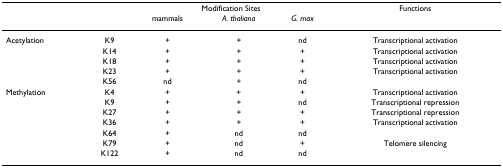
<table><thead><tr><td></td><td></td><td colspan="3"><b>Modification Sites</b></td><td><b>Functions</b></td></tr><tr><td></td><td></td><td><b>mammals</b></td><td><b><i>A. thaliana</i></b></td><td><b><i>G. max</i></b></td><td></td></tr></thead><tbody><tr><td>Acetylation</td><td>K9</td><td>+</td><td>+</td><td>nd</td><td>Transcriptional activation</td></tr><tr><td></td><td>K14</td><td>+</td><td>+</td><td>+</td><td>Transcriptional activation</td></tr><tr><td></td><td>K18</td><td>+</td><td>+</td><td>+</td><td>Transcriptional activation</td></tr><tr><td></td><td>K23</td><td>+</td><td>+</td><td>+</td><td>Transcriptional activation</td></tr><tr><td></td><td>K56</td><td>nd</td><td>+</td><td>nd</td><td></td></tr><tr><td>Methylation</td><td>K4</td><td>+</td><td>+</td><td>+</td><td>Transcriptional activation</td></tr><tr><td></td><td>K9</td><td>+</td><td>+</td><td>nd</td><td>Transcriptional repression</td></tr><tr><td></td><td>K27</td><td>+</td><td>+</td><td>+</td><td>Transcriptional repression</td></tr><tr><td></td><td>K36</td><td>+</td><td>+</td><td>+</td><td>Transcriptional activation</td></tr><tr><td></td><td>K64</td><td>+</td><td>nd</td><td>nd</td><td></td></tr><tr><td></td><td>K79</td><td>+</td><td>nd</td><td>+</td><td>Telomere silencing</td></tr><tr><td></td><td>K122</td><td>+</td><td>nd</td><td>nd</td><td></td></tr></tbody></table>